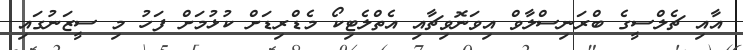
އާއި ޗެލްސީގެ ބްރަނިސްލާވް އިވަނޮވިޗާއި އެތްލެޓިކޯ މެޑްރިޑަށް ކުޅުމަށް ފަހު މި ސީޒަނުގައި